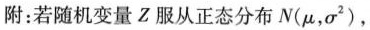
附：若随机变量Z服从正态分布N(μ，σ^{2})，